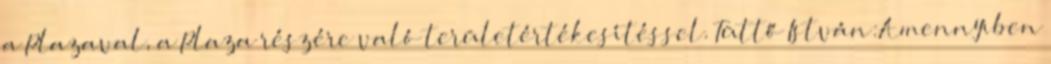
a Plazaval, a Plaza részére való területértékesítéssel. Tüttő István:Amennyiben